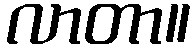
လာတာ။